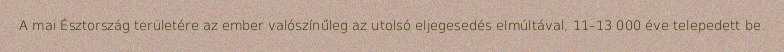
A mai Észtország területére az ember valószínűleg az utolsó eljegesedés elmúltával, 11–13 000 éve telepedett be.